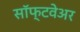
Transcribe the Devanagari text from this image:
साॅफ्टवेअर